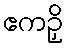
ဧကဉှိ